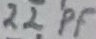
Text: 22PF